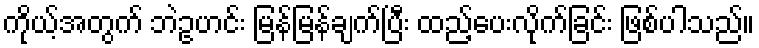
ကိုယ့်အတွက် ဘဲဥဟင်း မြန်မြန်ချက်ပြီး ထည့်ပေးလိုက်ခြင်း ဖြစ်ပါသည်။